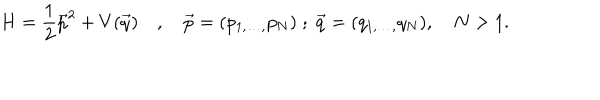
LaTeX: H = \frac { 1 } { 2 } \vec { p } ^ { 2 } + V ( \vec { q } ) \quad , \quad \vec { p } = ( p _ { 1 , \ldots , } p _ { N } ) \; ; \; \vec { q } = ( q _ { 1 , \ldots , } q _ { N } ) , \quad N > 1 .